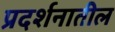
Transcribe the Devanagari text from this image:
प्रदर्शनातील